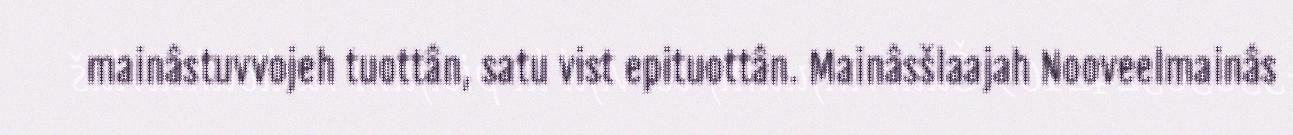
mainâstuvvojeh tuottân, satu vist epituottân. Mainâsšlaajah Nooveelmainâs